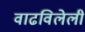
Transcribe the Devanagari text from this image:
वाढविलेली